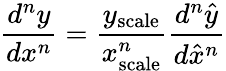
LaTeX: {\frac{d^{n}y}{dx^{n}}}={\frac{y_{\mathrm{scale}}}{x_{\mathrm{scale}}^{n}}}{\frac{d^{n}{\hat{y}}}{d{\hat{x}}^{n}}}